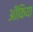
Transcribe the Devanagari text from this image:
ऑंकिया